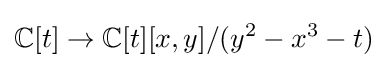
\mathbb {C} [t]\to \mathbb {C} [t][x,y]/(y^{2}-x^{3}-t)